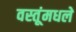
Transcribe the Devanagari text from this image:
वस्तूंमधले